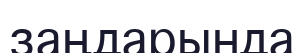
заңдарында